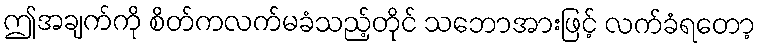
ဤအချက်ကို စိတ်ကလက်မခံသည့်တိုင် သဘောအားဖြင့် လက်ခံရတော့